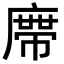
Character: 𭙺